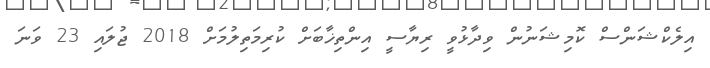
އިލެކްޝަންސް ކޮމިޝަނުން ވިދާޅުވީ ރިޔާސީ އިންތިޚާބަށް ކުރިމަތިލުމަށް 2018 ޖުލައި 23 ވަނަ